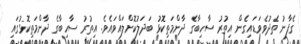
ގެފާނު ތެދުވެވަޑައިގެން އިތުރު ސާހިބާގެ ދާންމަތިކޮޅު ބަދަލުކޮށްލައްވައެވެ. އިތުރު ސާހިބާގެ ދާންމަތިކޮޅުގައި